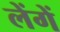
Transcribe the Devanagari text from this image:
लेंगें